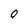
Character: O